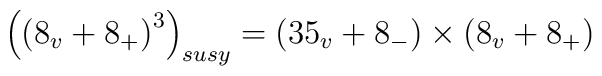
\left( \left( 8_v+8_{+}\right) ^3\right) _{susy}=\left( 35_v+8_{-}\right)\times \left( 8_v+8_{+}\right)